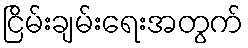
ငြိမ်းချမ်းရေးအတွက်